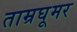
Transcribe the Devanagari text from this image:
ताम्रघूमर